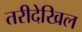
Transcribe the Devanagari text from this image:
तरीदेखिल